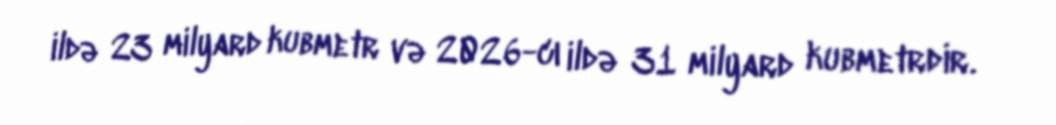
ildə 23 milyard kubmetr və 2026-cı ildə 31 milyard kubmetrdir.